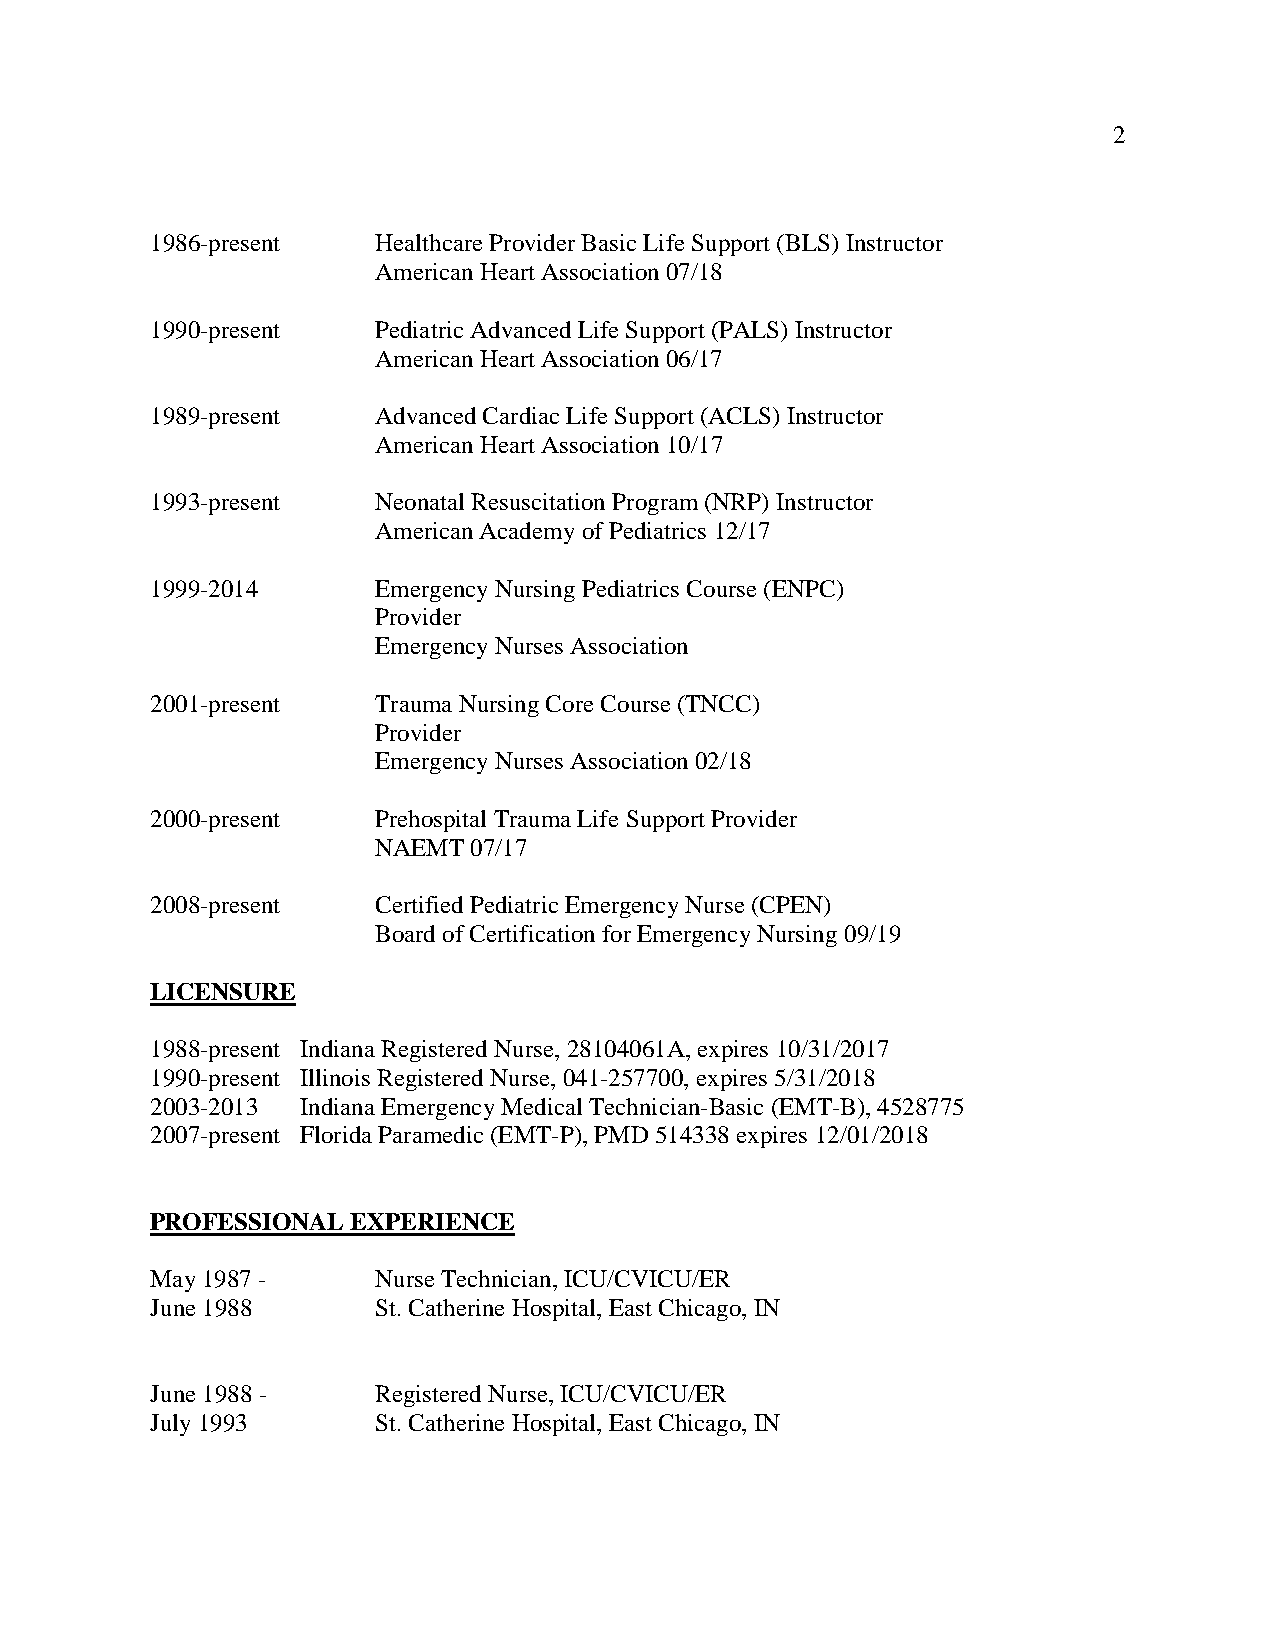
2
 1986-present   Healthcare Provider Basic Life Support (BLS) Instructor
 American Heart Association 07/18
 1990-present   Pediatric Advanced Life Support (PALS) Instructor
 American Heart Association 06/17
 1989-present   Advanced Cardiac Life Support (ACLS) Instructor
 American Heart Association 10/17
 1993-present   Neonatal Resuscitation Program (NRP) Instructor
 American Academy of Pediatrics 12/17
 1999-2014      Emergency Nursing Pediatrics Course (ENPC)
 Provider
 Emergency Nurses Association
 2001-present   Trauma Nursing Core Course (TNCC)
 Provider
 Emergency Nurses Association 02/18
 2000-present   Prehospital Trauma Life Support Provider
 NAEMT 07/17
 2008-present   Certified Pediatric Emergency Nurse (CPEN)
 Board of Certification for Emergency Nursing 09/19
 LICENSURE
 1988-present Indiana Registered Nurse, 28104061A, expires 10/31/2017
 1990-present Illinois Registered Nurse, 041-257700, expires 5/31/2018
 2003-2013 Indiana Emergency Medical Technician-Basic (EMT-B), 4528775
 2007-present Florida Paramedic (EMT-P), PMD 514338 expires 12/01/2018
 PROFESSIONAL EXPERIENCE
 May 1987 -     Nurse Technician, ICU/CVICU/ER
 June 1988      St. Catherine Hospital, East Chicago, IN
 June 1988 -    Registered Nurse, ICU/CVICU/ER
 July 1993      St. Catherine Hospital, East Chicago, IN